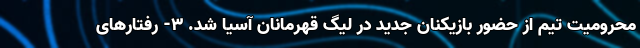
محرومیت تیم از حضور بازیکنان جدید در لیگ قهرمانان آسیا شد. ۳- رفتارهای